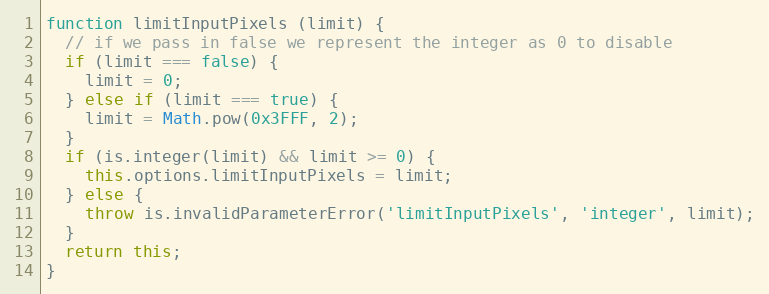
Language: JavaScript
function limitInputPixels (limit) {
  // if we pass in false we represent the integer as 0 to disable
  if (limit === false) {
    limit = 0;
  } else if (limit === true) {
    limit = Math.pow(0x3FFF, 2);
  }
  if (is.integer(limit) && limit >= 0) {
    this.options.limitInputPixels = limit;
  } else {
    throw is.invalidParameterError('limitInputPixels', 'integer', limit);
  }
  return this;
}